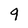
Character: 9